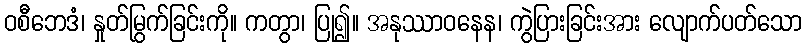
ဝစီဘေဒံ၊ နှုတ်မြွက်ခြင်းကို။ ကတွာ၊ ပြု၍။ အနုဿာဝနေန၊ ကွဲပြားခြင်းအား လျောက်ပတ်သော